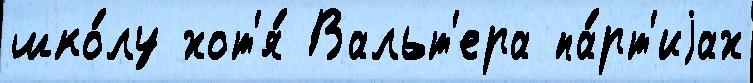
шко́лу хот'я́ Вальт'ера па́рт'иjах